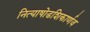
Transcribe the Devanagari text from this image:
नित्याषोडशिकार्णव